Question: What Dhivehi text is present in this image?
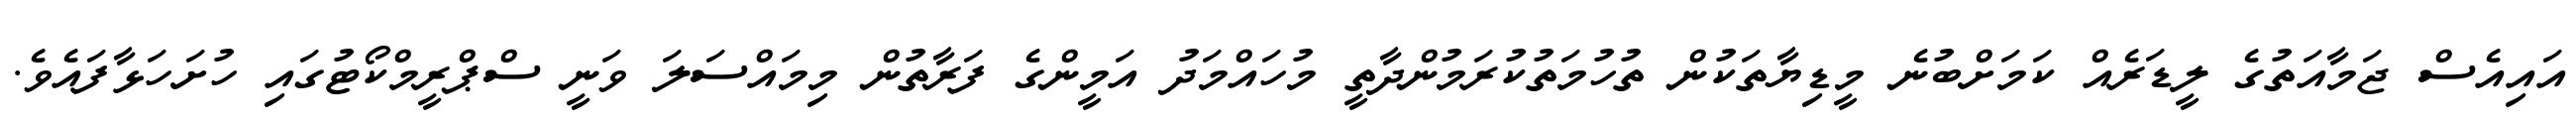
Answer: އައިއެސް ޖަމާއަތުގެ ލީޑަރެއް ކަމަށްބުނެ މީޑިޔާތަކުން ތުހުމަތުކުރަމުންދާތީ މުހައްމަދު އަމީންގެ ފަރާތުން މިމައްސަލަ ވަނީ ސްޕްރީމްކޯޓުގައި ހުށަހަޅާފައެވެ.